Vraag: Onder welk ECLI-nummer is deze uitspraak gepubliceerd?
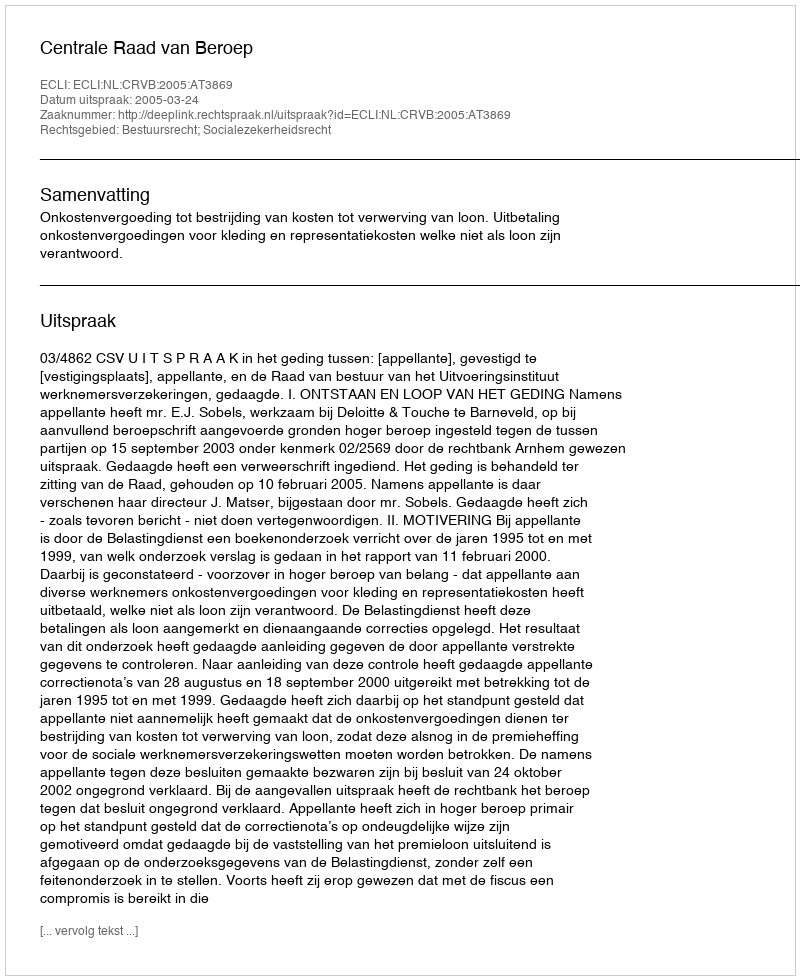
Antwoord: ECLI:NL:CRVB:2005:AT3869